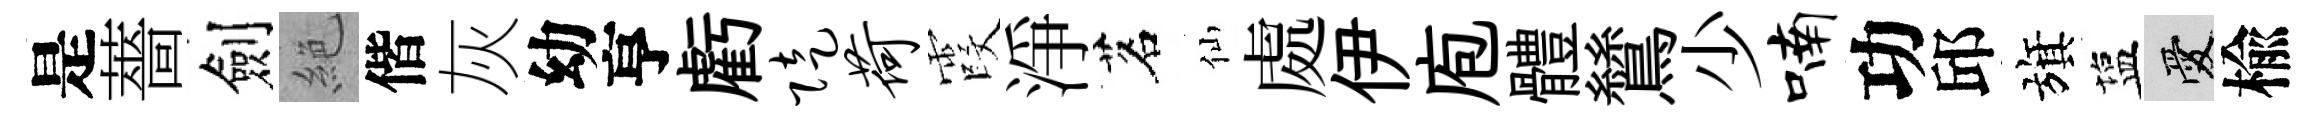
是薔劍絶偕灰幼亨虧陡荷霞淨茗仙處伊庖體鷥少喃功邱旗塩愛楡